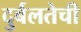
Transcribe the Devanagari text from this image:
दुर्बलतेची